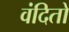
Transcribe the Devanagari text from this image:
वंदितो